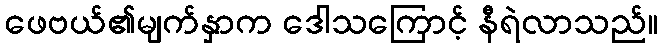
ဖေဗယ်၏မျက်နှာက ဒေါသကြောင့် နီရဲလာသည်။